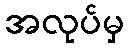
အလုပ်မှ